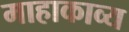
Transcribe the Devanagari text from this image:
माहाकाव्य